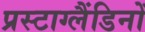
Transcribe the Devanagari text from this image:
प्रस्टाग्लैंडिनों